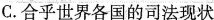
C.合乎世界各国的司法现状